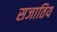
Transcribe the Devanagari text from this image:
सजातिय